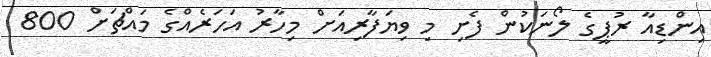
އިންޑިއާ ރުޕީގެ ލޯނަކުން ފެށި މި ވިޔަފާރިއަށް މިހާރު އަހަރެއްގެ މައްޗަށް 800